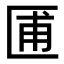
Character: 𫧓